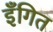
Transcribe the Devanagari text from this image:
इँगित